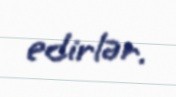
edirlər.